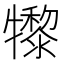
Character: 𤛼